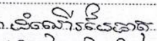
ដំណើរនៃធាតុ